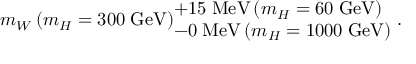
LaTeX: m _ { W } \, ( m _ { H } = 3 0 0 \; \mathrm { G e V } ) _ { \textstyle - 0 \; \mathrm { M e V } \, ( m _ { H } = 1 0 0 0 \; \mathrm { G e V } ) } ^ { \textstyle + 1 5 \; \mathrm { M e V } \, ( m _ { H } = 6 0 \; \mathrm { G e V } ) } \; .